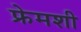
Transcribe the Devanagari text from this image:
फ्रेमशी